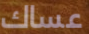
عساك